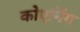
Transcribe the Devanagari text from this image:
कोएनिंग